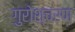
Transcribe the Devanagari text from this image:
गुरोश्चरण